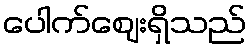
ပေါက်ဈေးရှိသည်